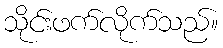
သိုင်းဖက်လိုက်သည်။